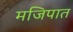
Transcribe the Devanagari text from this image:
मजिपात